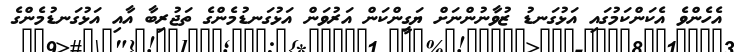
އެހެންވެ އެކަންކަމުގައި އަޅުގަނޑު ޒުވާނުންނަށް ޔަގީންކަން އަރުވަން އަޅުގަނޑުމެންގެ ތަޖުރިބާ އާއި އަޅުގަނޑުމެންގެ